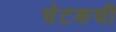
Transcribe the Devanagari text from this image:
चेटकची